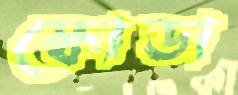
স্কোডা